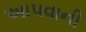
અાપવાની